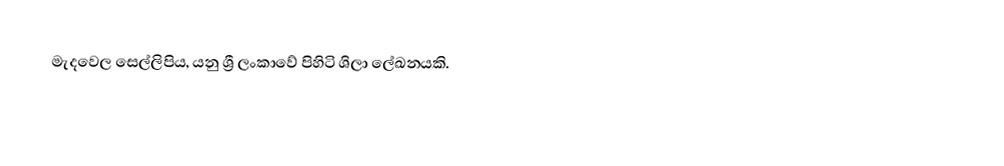
මැදවෙල සෙල්ලිපිය, යනු ශ්‍රී ලංකාවේ පිහිටි ශිලා ලේඛනයකි.